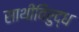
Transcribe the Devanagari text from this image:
साथीविरुद्ध